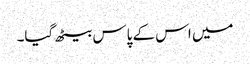
میں اس کے پاس بیٹھ گیا۔